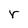
Character: r